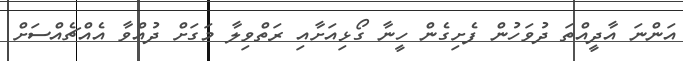
އަންނަ އާދީއްތަ ދުވަހުން ފެށިގެން ހީނާ ގޯޅިއަށާއި ރަތްވިލާ މަގަށް ދުއްވާ އެއްޗެއްސަށް